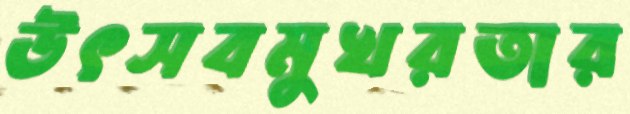
উৎসবমুখরতার